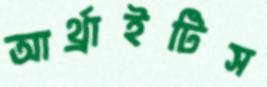
আর্থ্রাইটিস